Vaccination in Bombay 1889-1901 - 1889-1901
Year: 1889
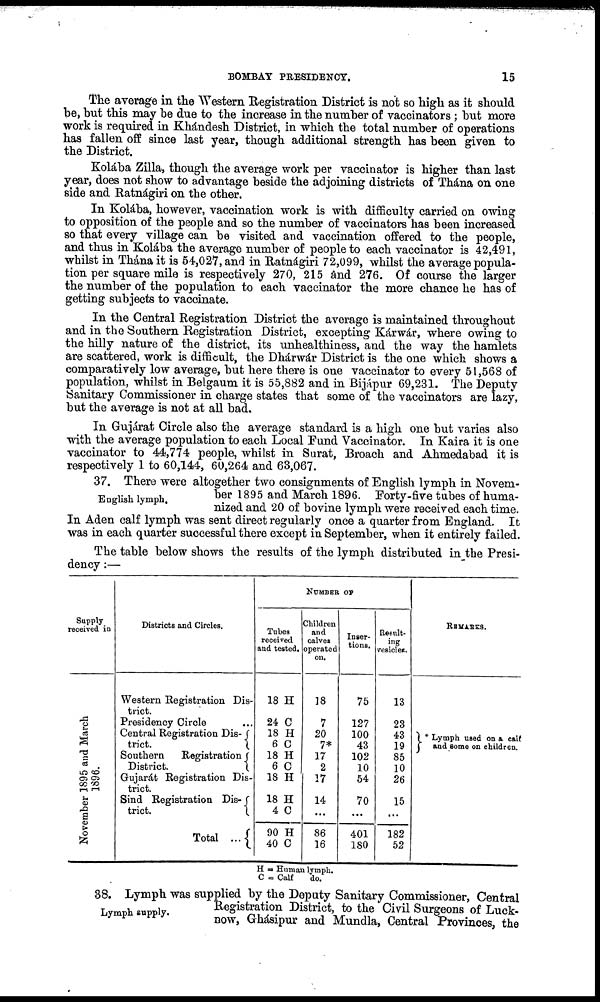
BOMBAY PRESIDENCY.
15
The average in the Western Registration District is not so high as it should
be, but this may he due to the increase in the number of vaccinators ; but more
work is required in Khándesh District, in which the total number of operations
has fallen off since last year, though additional strength has been given to
the District.
Kolába Zilla, though the average work per vaccinator is higher than last
year, does not show to advantage beside the adjoining districts of Thána on one
side and Ratnágiri on the other.
In Kolába, however, vaccination work is with difficulty carried on owing
to opposition of the people and so the number of vaccinators has been increased
so that every village can be visited and vaccination offered to the people,
and thus in Kolába the average number of people to each vaccinator is 42,491,
whilst in Thána it is 54,027, and in Ratnágiri 72,099, whilst the average popula-
tion per square mile is respectively 270, 215 and 276. Of course the larger
the number of the population to each vaccinator the more chance he has of
getting subjects to vaccinate.
In the Central Registration District the average is maintained throughout
and in the Southern Registration District, excepting Kárwár, where owing to
the hilly nature of the district, its unhealthiness, and the way the hamlets
are scattered, work is difficult, the Dhárwár District is the one which shows a
comparatively low average, but here there is one vaccinator to every 51,568 of
population, whilst in Belgaum it is 55,882 and in Bijápur 69,231. The Deputy
Sanitary Commissioner in charge states that some of the vaccinators are lazy,
but the average is not at all bad.
In Gujárat Circle also the average standard is a high one but varies also
with the average population to each Local Fund Vaccinator. In Kaira it is one
vaccinator to 44,774 people, whilst in Surat, Broach and Ahmedabad it is
respectively 1 to 60,144, 60,264 and 63,067.
English lymph.
37. There were altogether two consignments of English lymph in Novem-
ber 1895 and March 1896. Forty-five tubes of huma-
nized and 20 of bovine lymph were received each time.
In Aden calf lymph was sent direct regularly once a quarter from England. It
was in each quarter successful there except in September, when it entirely failed.
The table below shows the results of the lymph distributed in the Presi-
dency:—
Supply
received in
November 1895 and March
1896.
Districts and Circles.
Western Registration Dis-
trict.
Presidency Circle
Central Registration Dis-
trict.
Southern
Registration
District.
Gujarát Registration Dis-
trict.
Sind Registration Dis-
trict.
Total ...
NUMBER OF
Tubes
received
and tested.
18 H
24 C
18 H
6 C
18 H
6 C
18 H
18 H
4 C
90 H
40 C
Children
and
calves
operated
on.
]8
7
20
7*
17
2
17
14
...
86
16
Inser-
tions.
75
127
100
43
102
10
54
70
...
401
180
Result-
ing
vesicles.
13
23
43
19
85
10
26
15
...
182
52
REMARKS.
* Lymph used on a calf
and some on children.
H = Human lymph.
C = Calf
do.
Lymph supply.
38. Lymph was supplied by the Deputy Sanitary Commissioner, Central
Registration District, to the Civil Surgeons of Luck-
now, Ghásipur and Mundla, Central Provinces, the